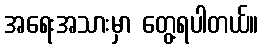
အရေးအသားမှာ တွေ့ရပါတယ်။